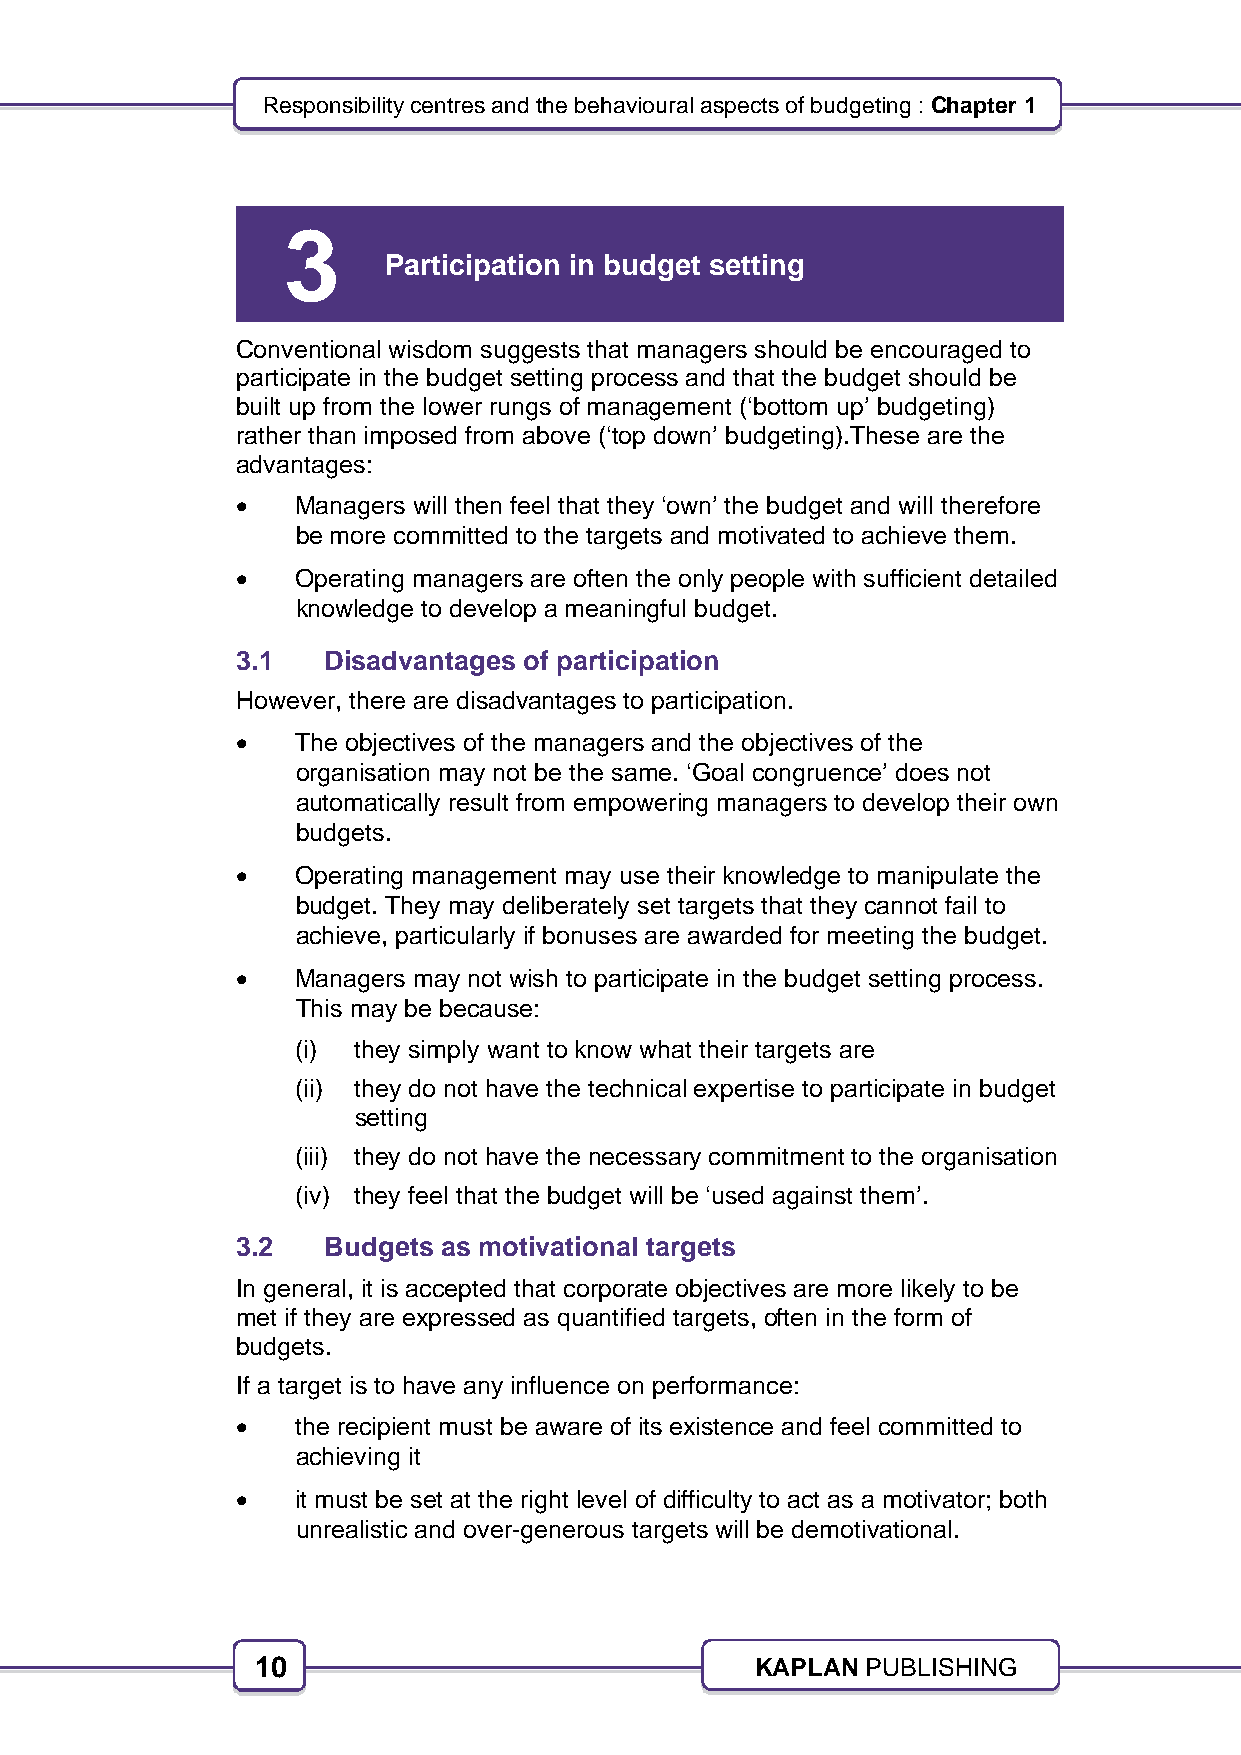
Responsibility centres and the behavioural aspects of budgeting : Chapter 1
 3
 Participation in budget setting
 Conventional wisdom suggests that managers should be encouraged to
 participate in the budget setting process and that the budget should be
 built up from the lower rungs of management (‘bottom up’ budgeting)
 rather than imposed from above (‘top down’ budgeting).These are the
 advantages:
    Managers will then feel that they ‘own’ the budget and will therefore
 be more committed to the targets and motivated to achieve them.
    Operating managers are often the only people with sufficient detailed
 knowledge to develop a meaningful budget.
 3.1   Disadvantages of participation
 However, there are disadvantages to participation.
    The objectives of the managers and the objectives of the
 organisation may not be the same. ‘Goal congruence’ does not
 automatically result from empowering managers to develop their own
 budgets.
    Operating management may use their knowledge to manipulate the
 budget. They may deliberately set targets that they cannot fail to
 achieve, particularly if bonuses are awarded for meeting the budget.
    Managers may not wish to participate in the budget setting process.
 This may be because:
 (i) they simply want to know what their targets are
 (ii) they do not have the technical expertise to participate in budget
 setting
 (iii) they do not have the necessary commitment to the organisation
 (iv) they feel that the budget will be ‘used against them’.
 3.2   Budgets as motivational targets
 In general, it is accepted that corporate objectives are more likely to be
 met if they are expressed as quantified targets, often in the form of
 budgets.
 If a target is to have any influence on performance:
    the recipient must be aware of its existence and feel committed to
 achieving it
    it must be set at the right level of difficulty to act as a motivator; both
 unrealistic and over-generous targets will be demotivational.
 10                               KAPLAN PUBLISHING